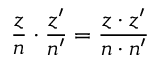
{ \frac { z } { n } } \cdot { \frac { z ^ { \prime } } { n ^ { \prime } } } = { \frac { z \cdot z ^ { \prime } } { n \cdot n ^ { \prime } } }